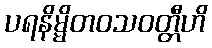
ပရနိမ္မိတဝသဝတ္တီဟိ